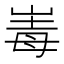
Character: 𡹆